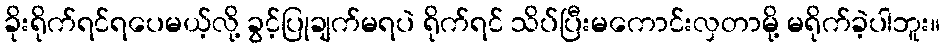
ခိုးရိုက်ရင်ရပေမယ့်လို့ ခွင့်ပြုချက်မရပဲ ရိုက်ရင် သိပ်ပြီးမကောင်းလှတာမို့ မရိုက်ခဲ့ပါဘူး။